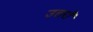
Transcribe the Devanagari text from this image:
उत्तराँ